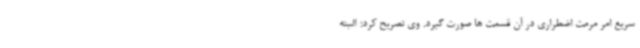
سریع امر مرمت اضطراری در آن قسمت ها صورت گیرد. وی تصریح کرد: البته